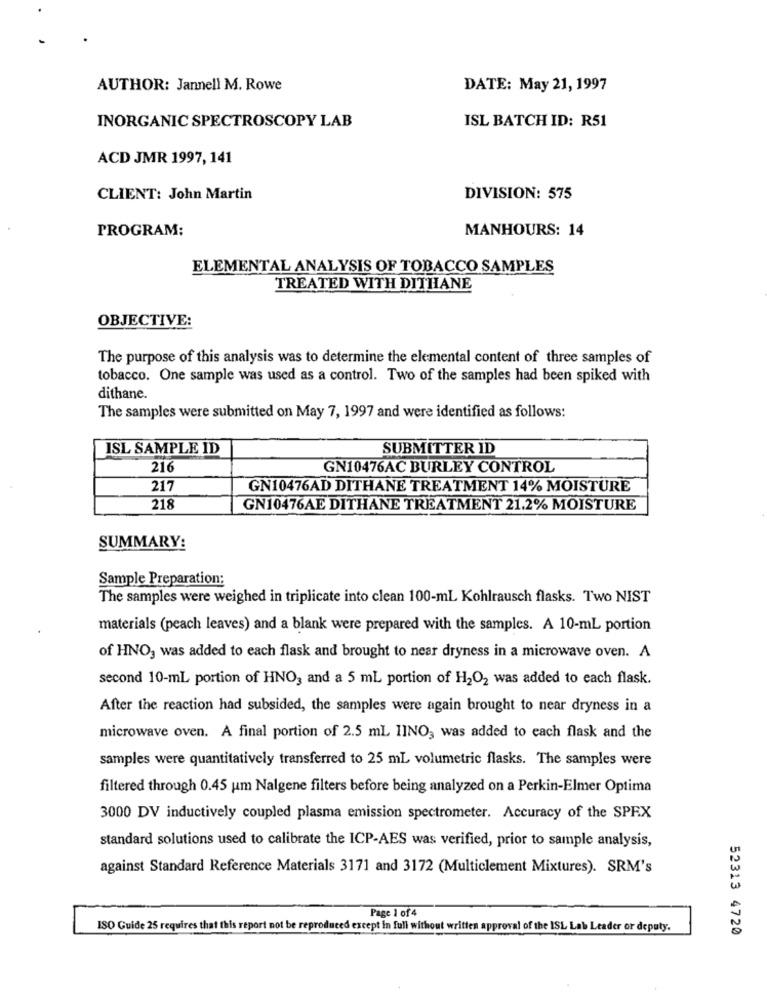
AUTHOR: Jannell M. Rowe
DATE: May 21, 1997
INORGANIC SPECTROSCOPY LAB
ISL BATCH ID: R51
ACD JMR 1997, 141
CLIENT: John Martin
DIVISION: 575
PROGRAM:
MANHOURS: 14
ELEMENTAL ANALYSIS OF TOBACCO SAMPLES
TREATED WITH DITHANE
OBJECTIVE:
The purpose of this analysis was to determine the elemental content of three samples of
tobacco. One sample was used as a control. Two of the samples had been spiked with
dithane.
The samples were submitted on May 7, 1997 and were identified as follows:
ISL SAMPLE ID
SUBMITTER ID
216
GN10476AC BURLEY CONTROL
217
GN10476AD DITHANE TREATMENT 14% MOISTURE
218
GN10476AE DITHANE TREATMENT 21.2% MOISTURE
SUMMARY:
Sample Preparation:
The samples were weighed in triplicate into clean 100-mL Kohlrausch flasks. Two NIST
materials (peach leaves) and a blank were prepared with the samples. A 10-mL portion
of HNO, was added to each flask and brought to near dryness in a microwave oven. A
second 10-mL portion of HNO, and a 5 mL portion of H2O2 was added to each flask.
After the reaction had subsided, the samples were again brought to near dryness in a
microwave oven. A final portion of 2.5 mL IINO, was added to each flask and the
samples were quantitatively transferred to 25 mL volumetric flasks. The samples were
filtered through 0.45 um Nalgene filters before being analyzed on a Perkin-Elmer Optima
3000 DV inductively coupled plasma emission spectrometer. Accuracy of the SPRX
standard solutions used to calibrate the ICP-AES was verified, prior to sample analysis,
against Standard Reference Materials 3171 and 3172 (Multiclement Mixtures). SRM's
Page 1 of4
ISO Guide 25 requires that this report not be reproduced except in full without written approval of the ISL Lab Leader or deputy.
52313 4720